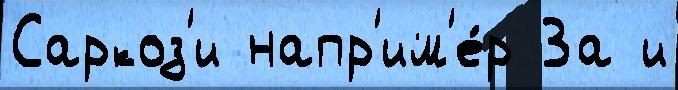
Саркоз'и напр'им'е́р За и